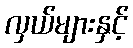
လှယ်များနှင့်